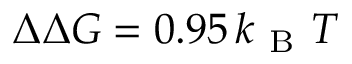
{ \Delta \Delta G = 0 . 9 5 \, k _ { \mathrm { ~ B ~ } } T }